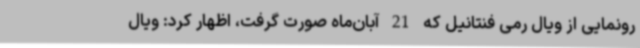
رونمایی از ویال رمی فنتانیل که 21 آبان‌ماه صورت گرفت، اظهار کرد: ویال